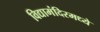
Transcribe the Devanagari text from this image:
विद्यामंदिरमध्ये